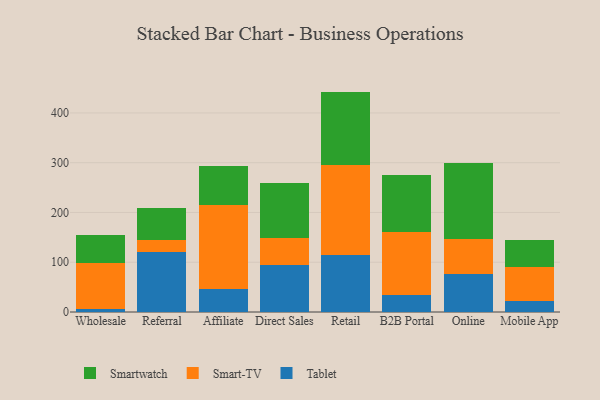
{"axis": {"x": "Channel", "y": "Satisfaction Score"}, "legend": ["Smart-TV", "Smartwatch", "Tablet"], "data": [{"x": "Wholesale", "y": 5.5, "type": "Tablet"}, {"x": "Wholesale", "y": 93.7, "type": "Smart-TV"}, {"x": "Wholesale", "y": 54.9, "type": "Smartwatch"}, {"x": "Referral", "y": 120.6, "type": "Tablet"}, {"x": "Referral", "y": 24.3, "type": "Smart-TV"}, {"x": "Referral", "y": 63.7, "type": "Smartwatch"}, {"x": "Affiliate", "y": 46.4, "type": "Tablet"}, {"x": "Affiliate", "y": 169.5, "type": "Smart-TV"}, {"x": "Affiliate", "y": 77.8, "type": "Smartwatch"}, {"x": "Direct Sales", "y": 94.1, "type": "Tablet"}, {"x": "Direct Sales", "y": 55.6, "type": "Smart-TV"}, {"x": "Direct Sales", "y": 110.1, "type": "Smartwatch"}, {"x": "Retail", "y": 115.4, "type": "Tablet"}, {"x": "Retail", "y": 179.9, "type": "Smart-TV"}, {"x": "Retail", "y": 147.6, "type": "Smartwatch"}, {"x": "B2B Portal", "y": 34.7, "type": "Tablet"}, {"x": "B2B Portal", "y": 126.4, "type": "Smart-TV"}, {"x": "B2B Portal", "y": 115.0, "type": "Smartwatch"}, {"x": "Online", "y": 76.1, "type": "Tablet"}, {"x": "Online", "y": 69.8, "type": "Smart-TV"}, {"x": "Online", "y": 152.9, "type": "Smartwatch"}, {"x": "Mobile App", "y": 22.0, "type": "Tablet"}, {"x": "Mobile App", "y": 68.6, "type": "Smart-TV"}, {"x": "Mobile App", "y": 53.6, "type": "Smartwatch"}]}